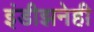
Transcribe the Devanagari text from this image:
इंडीझनेही